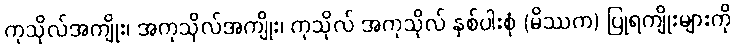
ကုသိုလ်အကျိုး၊ အကုသိုလ်အကျိုး၊ ကုသိုလ် အကုသိုလ် နှစ်ပါးစုံ (မိဿက) ပြုရကျိုးများကို